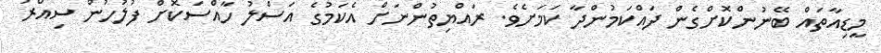
މީޑިއާތައް ބޭނުންކޮށްގެން ދައްކަމުންދާ ކަމަށެވެ. ރައްޔިތުންނަށް އެކަމުގެ އަސްލު ހާއްސަކޮށް ފުލުހުން ސިއްރު